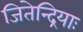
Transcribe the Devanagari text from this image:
जितेन्द्रियाः